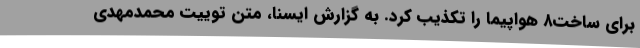
برای ساخت۸ هواپیما را تکذیب کرد. به گزارش ایسنا، متن توییت محمدمهدی